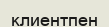
клиентпен